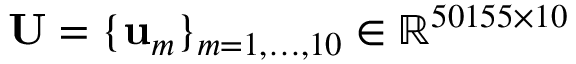
\mathbf { U } = \{ \mathbf { u } _ { m } \} _ { m = 1 , \ldots , 1 0 } \in \mathbb { R } ^ { 5 0 1 5 5 \times 1 0 }